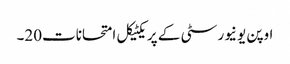
اوپن یونیورسٹی کے پریکٹیکل امتحانات20۔